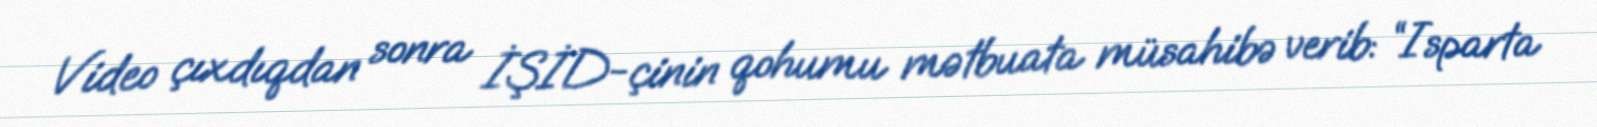
Video çıxdıqdan sonra İŞİD-çinin qohumu mətbuata müsahibə verib: “Isparta